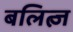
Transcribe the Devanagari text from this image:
बलित्ज़